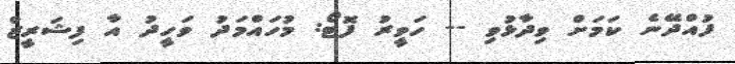
ފުއްދޭނެ ކަމަށް ވިދާޅުވި -- ހަވީރު ފޮޓޯ: މުހައްމަދު ވަހީދު އާ ފިޝަރީޒް